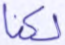
لكنا